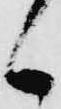
候